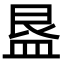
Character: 𭾁